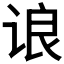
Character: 𬣼